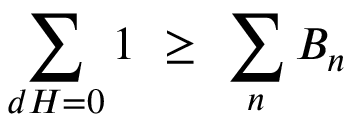
\sum _ { d H = 0 } 1 \ \geq \ \sum _ { n } B _ { n }